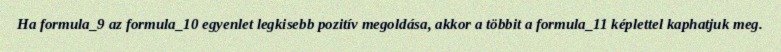
Ha formula_9 az formula_10 egyenlet legkisebb pozitív megoldása, akkor a többit a formula_11 képlettel kaphatjuk meg.